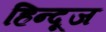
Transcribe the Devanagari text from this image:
हिन्दूज